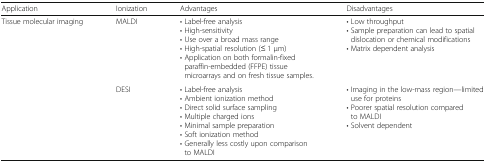
| Application | Ionization | Advantages | Disadvantages |
 | --- | --- | --- | --- |
 | <ROWSPAN=2> Tissue molecular imaging | MALDI | • Label-free analysis• High-sensitivity• Use over a broad mass range• High-spatial resolution (≤ 1 μm)• Application on both formalin-fixed paraffin-embedded (FFPE) tissue microarrays and on fresh tissue samples. | • Low throughput• Sample preparation can lead to spatial dislocation or chemical modifications• Matrix dependent analysis |
 | DESI | • Label-free analysis• Ambient ionization method• Direct solid surface sampling• Multiple charged ions• Minimal sample preparation• Soft ionization method• Generally less costly upon comparison to MALDI | • Imaging in the low-mass region—limited use for proteins• Poorer spatial resolution compared to MALDI• Solvent dependent |